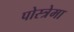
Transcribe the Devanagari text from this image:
पोस्त्रेमा